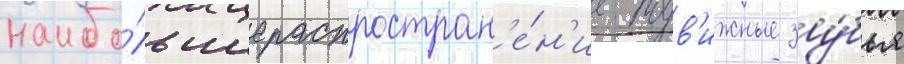
наибо́льшее распростран'е́н'ие подв'ижные зу́бья